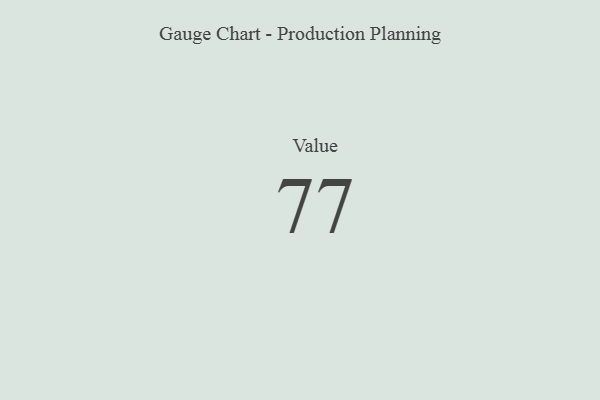
{"axis": {"x": "Metric", "y": "Value"}, "legend": [""], "data": [{"x": "Value", "y": 77, "type": ""}]}